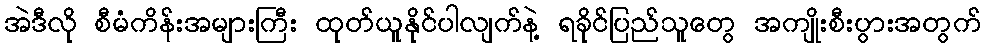
အဲဒီလို စီမံကိန်းအများကြီး ထုတ်ယူနိုင်ပါလျက်နဲ့ ရခိုင်ပြည်သူတွေ အကျိုးစီးပွားအတွက်